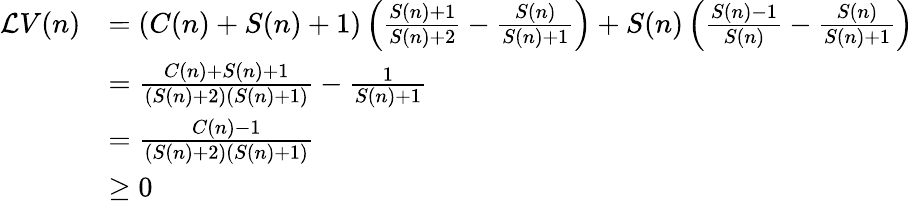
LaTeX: \begin{array}{rl}{\mathcal LV(n)}&{=(C(n)+S(n)+1)\left(\frac{S(n)+1}{S(n)+2}-\frac{S(n)}{S(n)+1}\right)+S(n)\left(\frac{S(n)-1}{S(n)}-\frac{S(n)}{S(n)+1}\right)}\\ &{=\frac{C(n)+S(n)+1}{(S(n)+2)(S(n)+1)}-\frac 1{S(n)+1}}\\ &{=\frac{C(n)-1}{(S(n)+2)(S(n)+1)}}\\ &{\ge 0}\end{array}